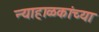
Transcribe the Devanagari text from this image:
न्याहाळकांच्या